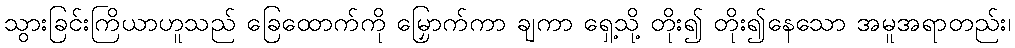
သွားခြင်းကြိယာဟူသည် ခြေထောက်ကို မြှောက်ကာ ချကာ ရှေ့သို့ တိုး၍ တိုး၍နေသော အမူအရာတည်း၊